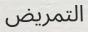
التمريض